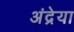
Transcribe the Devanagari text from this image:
अंद्रेया